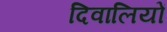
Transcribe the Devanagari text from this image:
दिवालियों